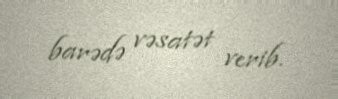
barədə vəsatət verib.